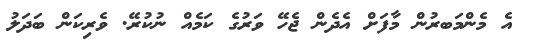
އެ މެންމަބރުން މާފަށް އެދެން ޖެހޭ ވަރުގެ ކަމެއް ނުކުރޭ. ވެރިކަން ބަަދަލު